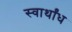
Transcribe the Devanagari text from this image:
स्वार्थांध